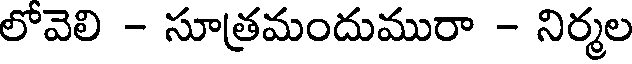
లోవెలి - సూత్రమందుమురా - నిర్మల